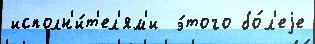
исполн'и́т'ел'ям'и  э́того бо́л'еjе